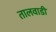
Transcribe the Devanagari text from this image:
तालवाडी